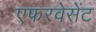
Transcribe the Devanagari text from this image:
एफरवेसेंट